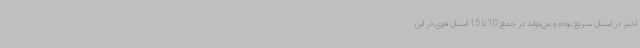
اخیر در استان سریع بوده و می‌تواند در جمع 10 تا 15 استان قوی در این